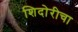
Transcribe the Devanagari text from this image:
शिदोरीचा